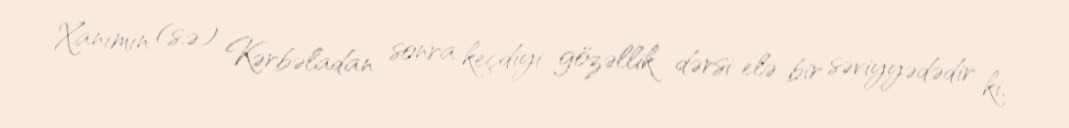
Xanımın (s.ə) Kərbəladan sonra keçdiyi gözəllik dərsi elə bir səviyyədədir ki,